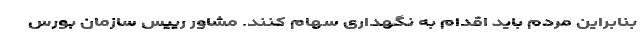
بنابراین مردم باید اقدام به نگهداری سهام کنند. مشاور رییس سازمان بورس